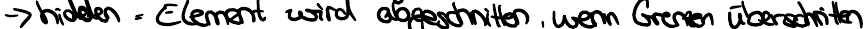
-> hidden = Element wird abgeschnitten, wenn Grenzen überschritten